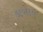
લખાય